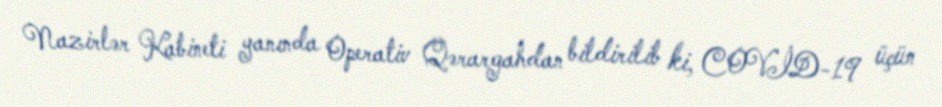
Nazirlər Kabineti yanında Operativ Qərargahdan bildirilib ki, COVİD-19 üçün